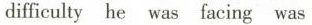
difliculty he was facing was